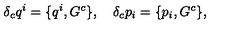
\delta _ { c } q ^ { i } = \{ q ^ { i } , G ^ { c } \} , \quad \delta _ { c } p _ { i } = \{ p _ { i } , G ^ { c } \} ,